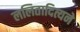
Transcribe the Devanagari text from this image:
ललितादित्यने